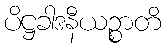
ပိဋ္ဌခါဒနီယဉ္စာတိ